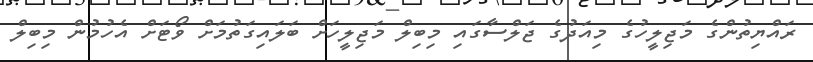
ރައްޔިތުންގެ މަޖިލީހުގެ މިއަދުގެ ޖަލްސާގައި މިބިލް މަޖިލީހަށް ބަލައިގަތުމަށް ވޯޓަށް އެހުމުން މިބިލް